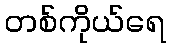
တစ်ကိုယ်ရေ